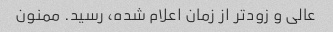
عالی و زودتر از زمان اعلام شده، رسید. ممنون